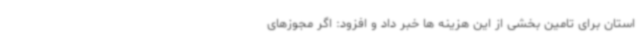
استان برای تامین بخشی از این هزینه ها خبر داد و افزود: اگر مجوزهای